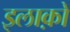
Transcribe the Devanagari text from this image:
इलाक़ो